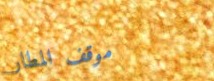
موقف المطار